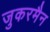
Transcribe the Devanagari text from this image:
जुकरमैन